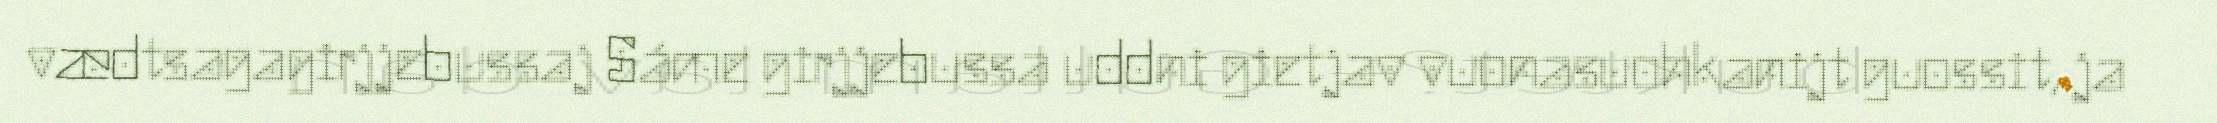
vædtsagagirjjebussaj Sáme girjjebussa uddni gietjav vuonasuohkanijt guossit, ja